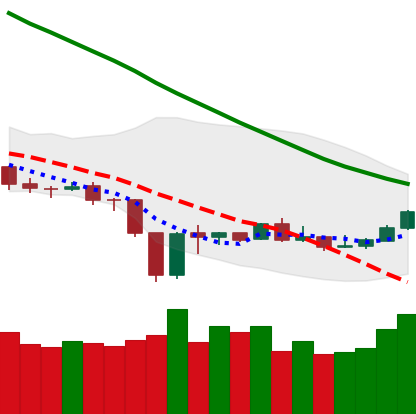
Ticker: BNB-USD
Chart end date: 2019-12-29
Forward return: -3.46%
Label: down_3_5